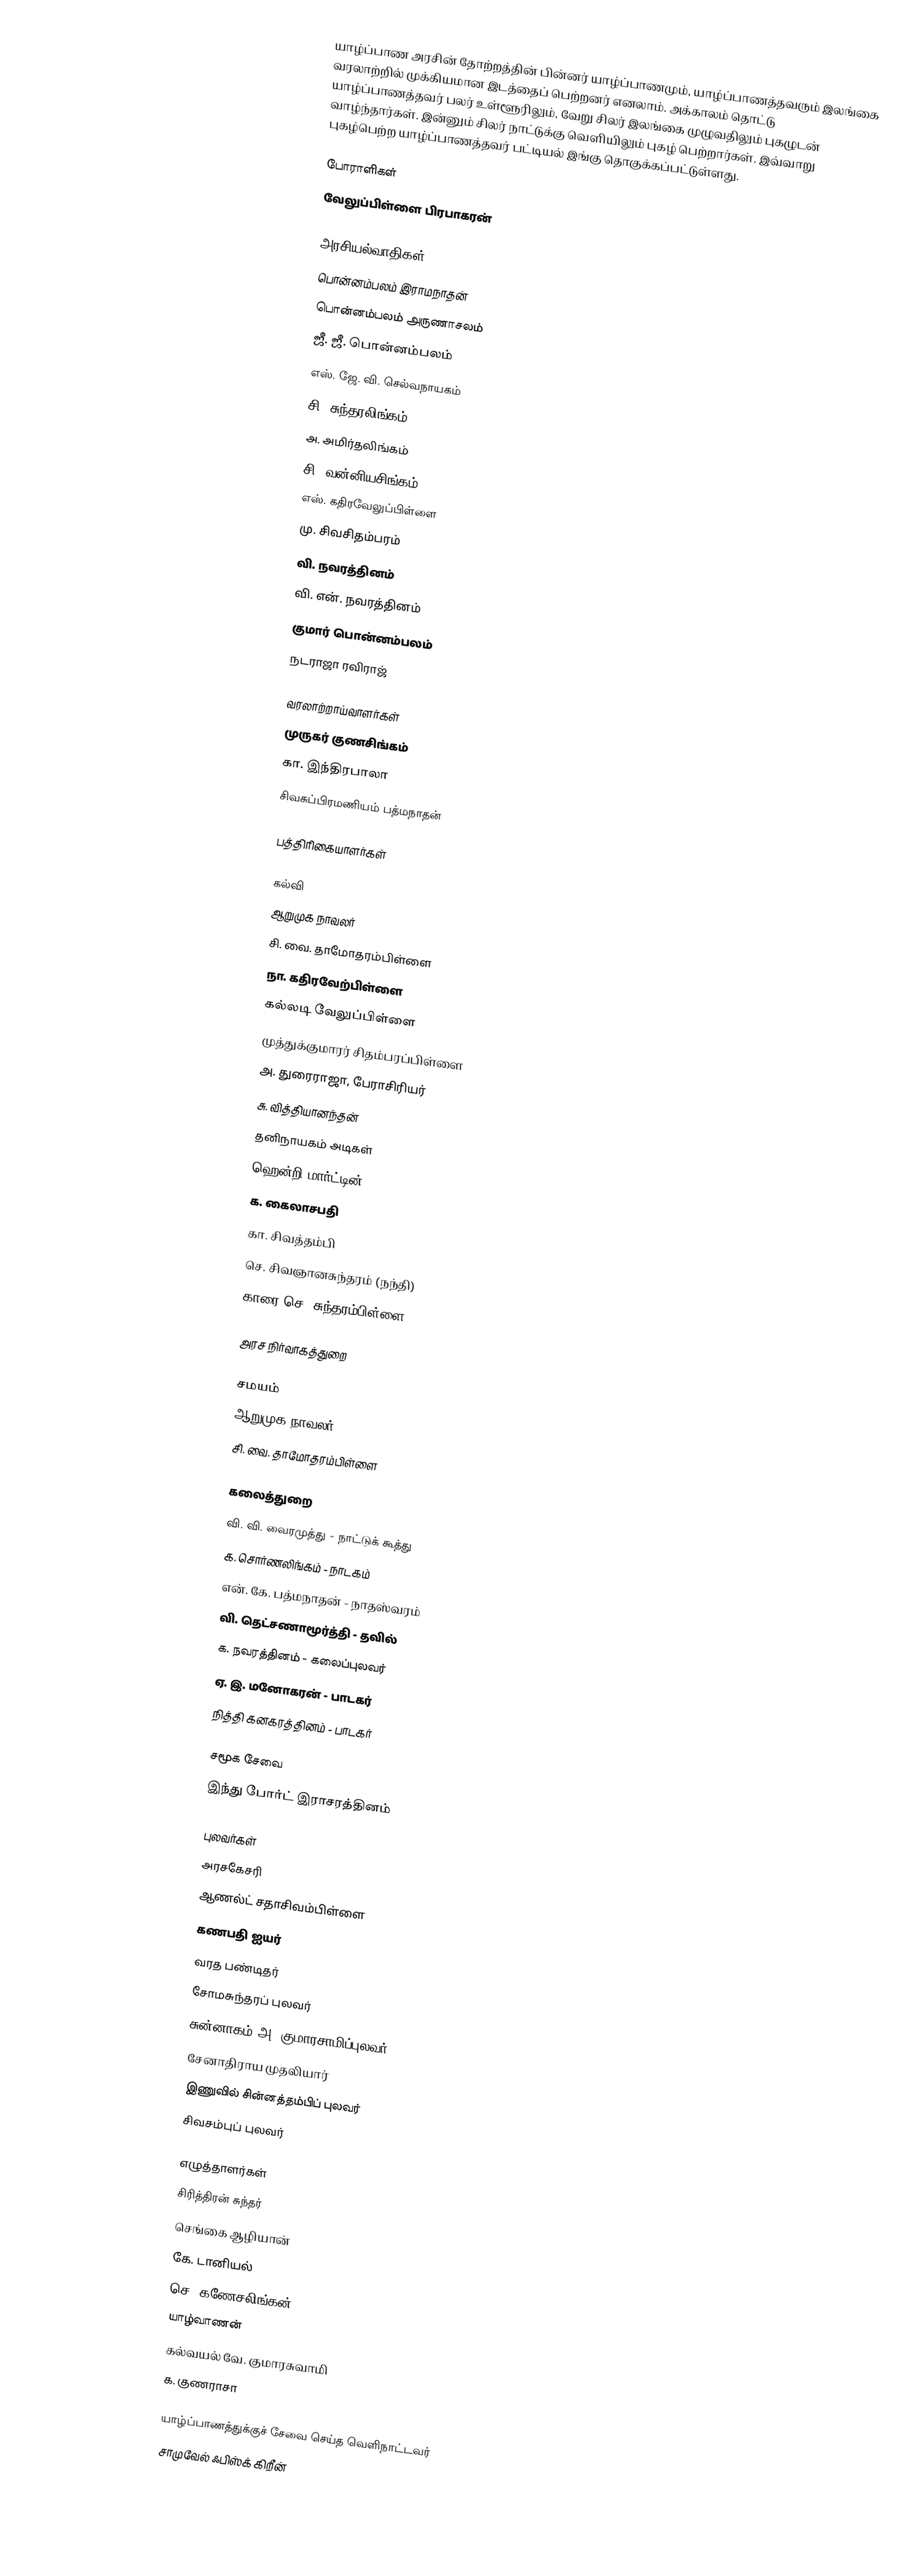
யாழ்ப்பாண அரசின் தோற்றத்தின் பின்னர் யாழ்ப்பாணமும், யாழ்ப்பாணத்தவரும் இலங்கை வரலாற்றில் முக்கியமான இடத்தைப் பெற்றனர் எனலாம். அக்காலம் தொட்டு யாழ்ப்பாணத்தவர் பலர் உள்ளூரிலும், வேறு சிலர் இலங்கை முழுவதிலும் புகழுடன் வாழ்ந்தார்கள். இன்னும் சிலர் நாட்டுக்கு வெளியிலும் புகழ் பெற்றார்கள். இவ்வாறு புகழ்பெற்ற யாழ்ப்பாணத்தவர் பட்டியல் இங்கு தொகுக்கப்பட்டுள்ளது.

போராளிகள்
 வேலுப்பிள்ளை பிரபாகரன்

அரசியல்வாதிகள்
 பொன்னம்பலம் இராமநாதன்
 பொன்னம்பலம் அருணாசலம்
 ஜீ. ஜீ. பொன்னம்பலம்
 எஸ். ஜே. வி. செல்வநாயகம்
 சி. சுந்தரலிங்கம்
 அ. அமிர்தலிங்கம்
 சி. வன்னியசிங்கம்
 எஸ். கதிரவேலுப்பிள்ளை
 மு. சிவசிதம்பரம்
 வி. நவரத்தினம்
 வி. என். நவரத்தினம்
 குமார் பொன்னம்பலம்
  நடராஜா ரவிராஜ்

வரலாற்றாய்வாளர்கள்
 முருகர் குணசிங்கம்
 கா. இந்திரபாலா
 சிவசுப்பிரமணியம் பத்மநாதன்

பத்திரிகையாளர்கள்

கல்வி
 ஆறுமுக நாவலர்
 சி. வை. தாமோதரம்பிள்ளை
 நா. கதிரவேற்பிள்ளை
 கல்லடி வேலுப்பிள்ளை
 முத்துக்குமாரர் சிதம்பரப்பிள்ளை
 அ. துரைராஜா, பேராசிரியர்
 சு. வித்தியானந்தன்
 தனிநாயகம் அடிகள்
 ஹென்றி மார்ட்டின்
 க. கைலாசபதி
 கா. சிவத்தம்பி
 செ. சிவஞானசுந்தரம் (நந்தி)
 காரை செ. சுந்தரம்பிள்ளை

அரச நிர்வாகத்துறை

சமயம்
 ஆறுமுக நாவலர்
 சி. வை. தாமோதரம்பிள்ளை

கலைத்துறை
 வி. வி. வைரமுத்து - நாட்டுக் கூத்து
 க. சொர்ணலிங்கம் - நாடகம்
 என். கே. பத்மநாதன் - நாதஸ்வரம்
 வி. தெட்சணாமூர்த்தி - தவில்
 க. நவரத்தினம் - கலைப்புலவர்
 ஏ. இ. மனோகரன் - பாடகர்
 நித்தி கனகரத்தினம் - பாடகர்

சமூக சேவை
 இந்து போர்ட் இராசரத்தினம்

புலவர்கள்
 அரசகேசரி
 ஆணல்ட் சதாசிவம்பிள்ளை
 கணபதி ஐயர்
 வரத பண்டிதர்
 சோமசுந்தரப் புலவர்
 சுன்னாகம் அ. குமாரசாமிப்புலவர்
 சேனாதிராய முதலியார்
 இணுவில் சின்னத்தம்பிப் புலவர்
 சிவசம்புப் புலவர்

எழுத்தாளர்கள்
 சிரித்திரன் சுந்தர்
 செங்கை ஆழியான்
 கே. டானியல்
 செ. கணேசலிங்கன்
 யாழ்வாணன்
 கல்வயல் வே. குமாரசுவாமி
 க. குணராசா

யாழ்ப்பாணத்துக்குச் சேவை செய்த வெளிநாட்டவர்
 சாமுவேல் ஃபிஸ்க் கிறீன்